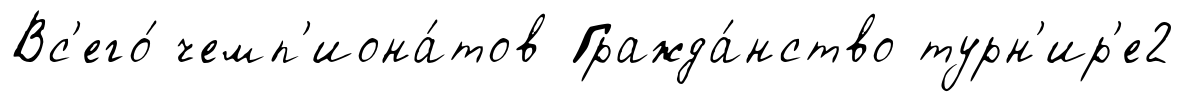
Вс'его́ чемп'иона́тов Гражда́нство турн'ир'е2